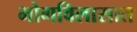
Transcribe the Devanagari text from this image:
भोगविलासात